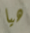
هيا